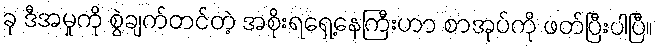
ခု ဒီအမှုကို စွဲချက်တင်တဲ့ အစိုးရရှေ့နေကြီးဟာ စာအုပ်ကို ဖတ်ပြီးပါပြီ။